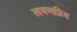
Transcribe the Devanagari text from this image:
लवणप्रिय